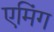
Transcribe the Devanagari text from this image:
एमिंग